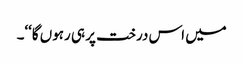
میں اس درخت پر ہی رہوں گا‘‘۔